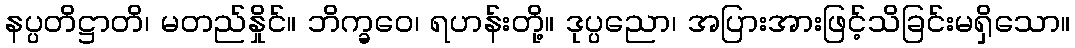
နပ္ပတိဋ္ဌာတိ၊ မတည်နှိုင်။ ဘိက္ခဝေ၊ ရဟန်းတို့။ ဒုပ္ပညော၊ အပြားအားဖြင့်သိခြင်းမရှိသော။